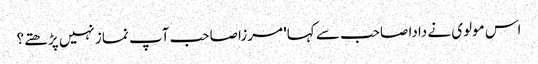
اس مولوی نے دادا صاحب سے کہا' مرزا صاحب آپ نماز نہیں پڑھتے؟